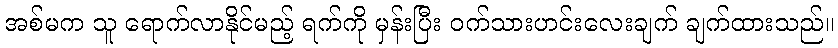
အစ်မက သူ ရောက်လာနိုင်မည့် ရက်ကို မှန်းပြီး ဝက်သားဟင်းလေးချက် ချက်ထားသည်။